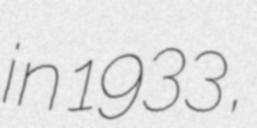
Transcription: in 1933,